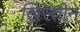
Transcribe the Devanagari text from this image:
ख्रिस्तीने